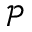
{ \mathcal P }